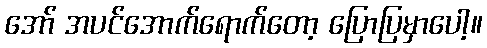
အော် အပင်အောက်ရောက်တော့ ပြောပြမှာပေါ့။